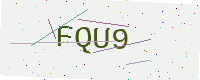
Text: FQU9